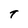
Character: t